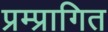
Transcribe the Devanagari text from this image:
प्रम्प्रागित